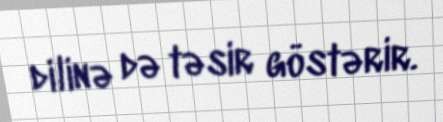
dilinə də təsir göstərir.